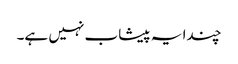
چندا یہ پیشاب نہیں ہے۔